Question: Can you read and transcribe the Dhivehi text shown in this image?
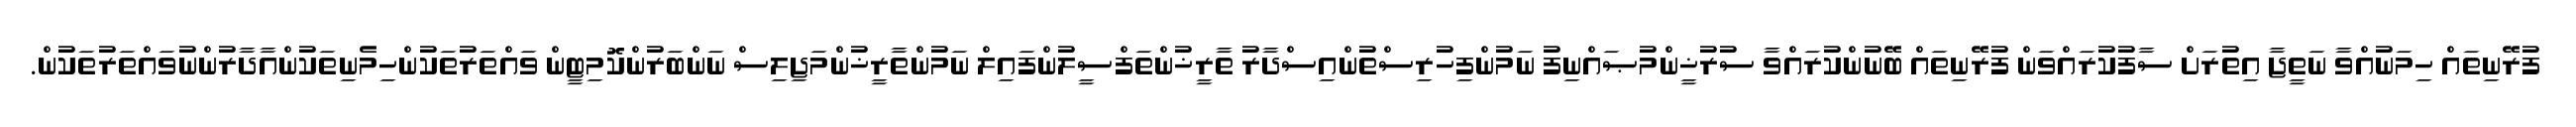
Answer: ފުރޭނިތައް ހިމަނުއްވާ ނަތީޖާ އިތުރަށް ސާފުކުރައްވަން ފުރޭނިތައް ބޭނުންކުރައްވާ ސުރުޚީންމުޞައްނިފު ނަމުންފިހުރިސްތުންއިސްދާރު ތާރީޚުންތަފްސީލުންފައިލް ނަމުންތާރީޚުންމަޖިލިސް ނަންބަރުންކޮމިޓީން ވައްތަރުތަކުންހިމެނިތަކުންއާދާރުންނުވައްތަރުތަކުން.